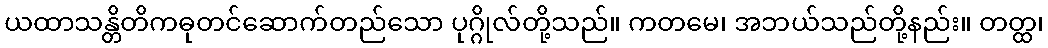
ယထာသန္တိတိကဓုတင်ဆောက်တည်သော ပုဂ္ဂိုလ်တို့သည်။ ကတမေ၊ အဘယ်သည်တို့နည်း။ တတ္ထ၊